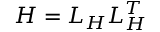
H = L _ { H } L _ { H } ^ { T }